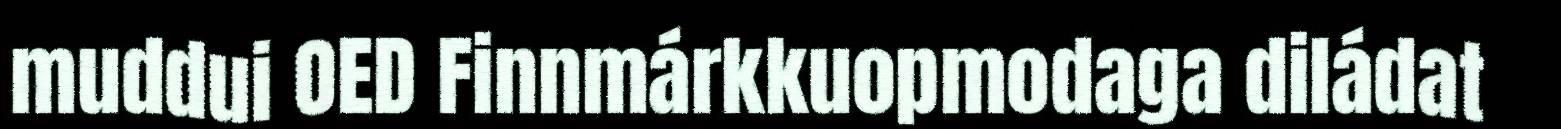
muddui OED Finnmárkkuopmodaga diládat